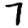
Digit: 7